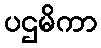
ပဌမိကာ